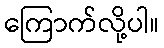
ကြောက်လို့ပါ။